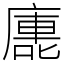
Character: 廤